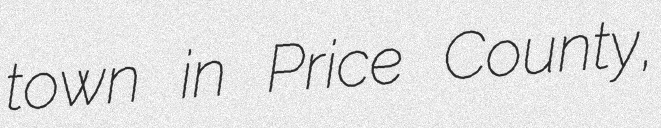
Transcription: town in Price County,